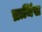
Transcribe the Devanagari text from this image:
ब्रामिंस